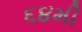
૬૪મી